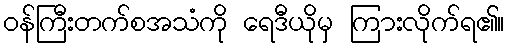
ဝန်ကြီးတက်စအသံကို ရေဒီယိုမှ ကြားလိုက်ရ၏။